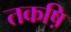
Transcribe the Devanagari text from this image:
तकष़ि